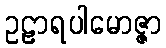
ဥဠာရပါမောဇ္ဇာ